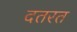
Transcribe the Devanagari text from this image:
दतरत